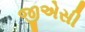
જીએસી